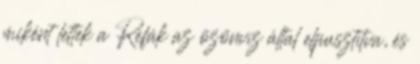
miként lettek a Refák az özönvíz által elpusztítva, és